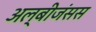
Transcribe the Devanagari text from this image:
अल्बीजंसस